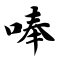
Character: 唪